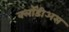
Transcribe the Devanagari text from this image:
क्लॉडीअस